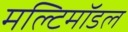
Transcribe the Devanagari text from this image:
मल्टिमॉडल